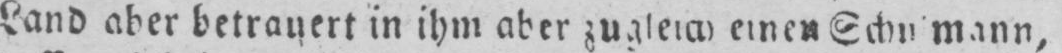
einen Schulmann,